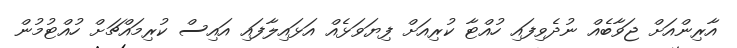
އާރިންއަށް ޖަވާބެއް ނުދެވިފައި ހުއްޓާ ކުރިއަށް ފިޔަވަޅެއް އަޅައިލާފައި އައިސް ކުރިމައްޗަށް ހުއްޓުމުން